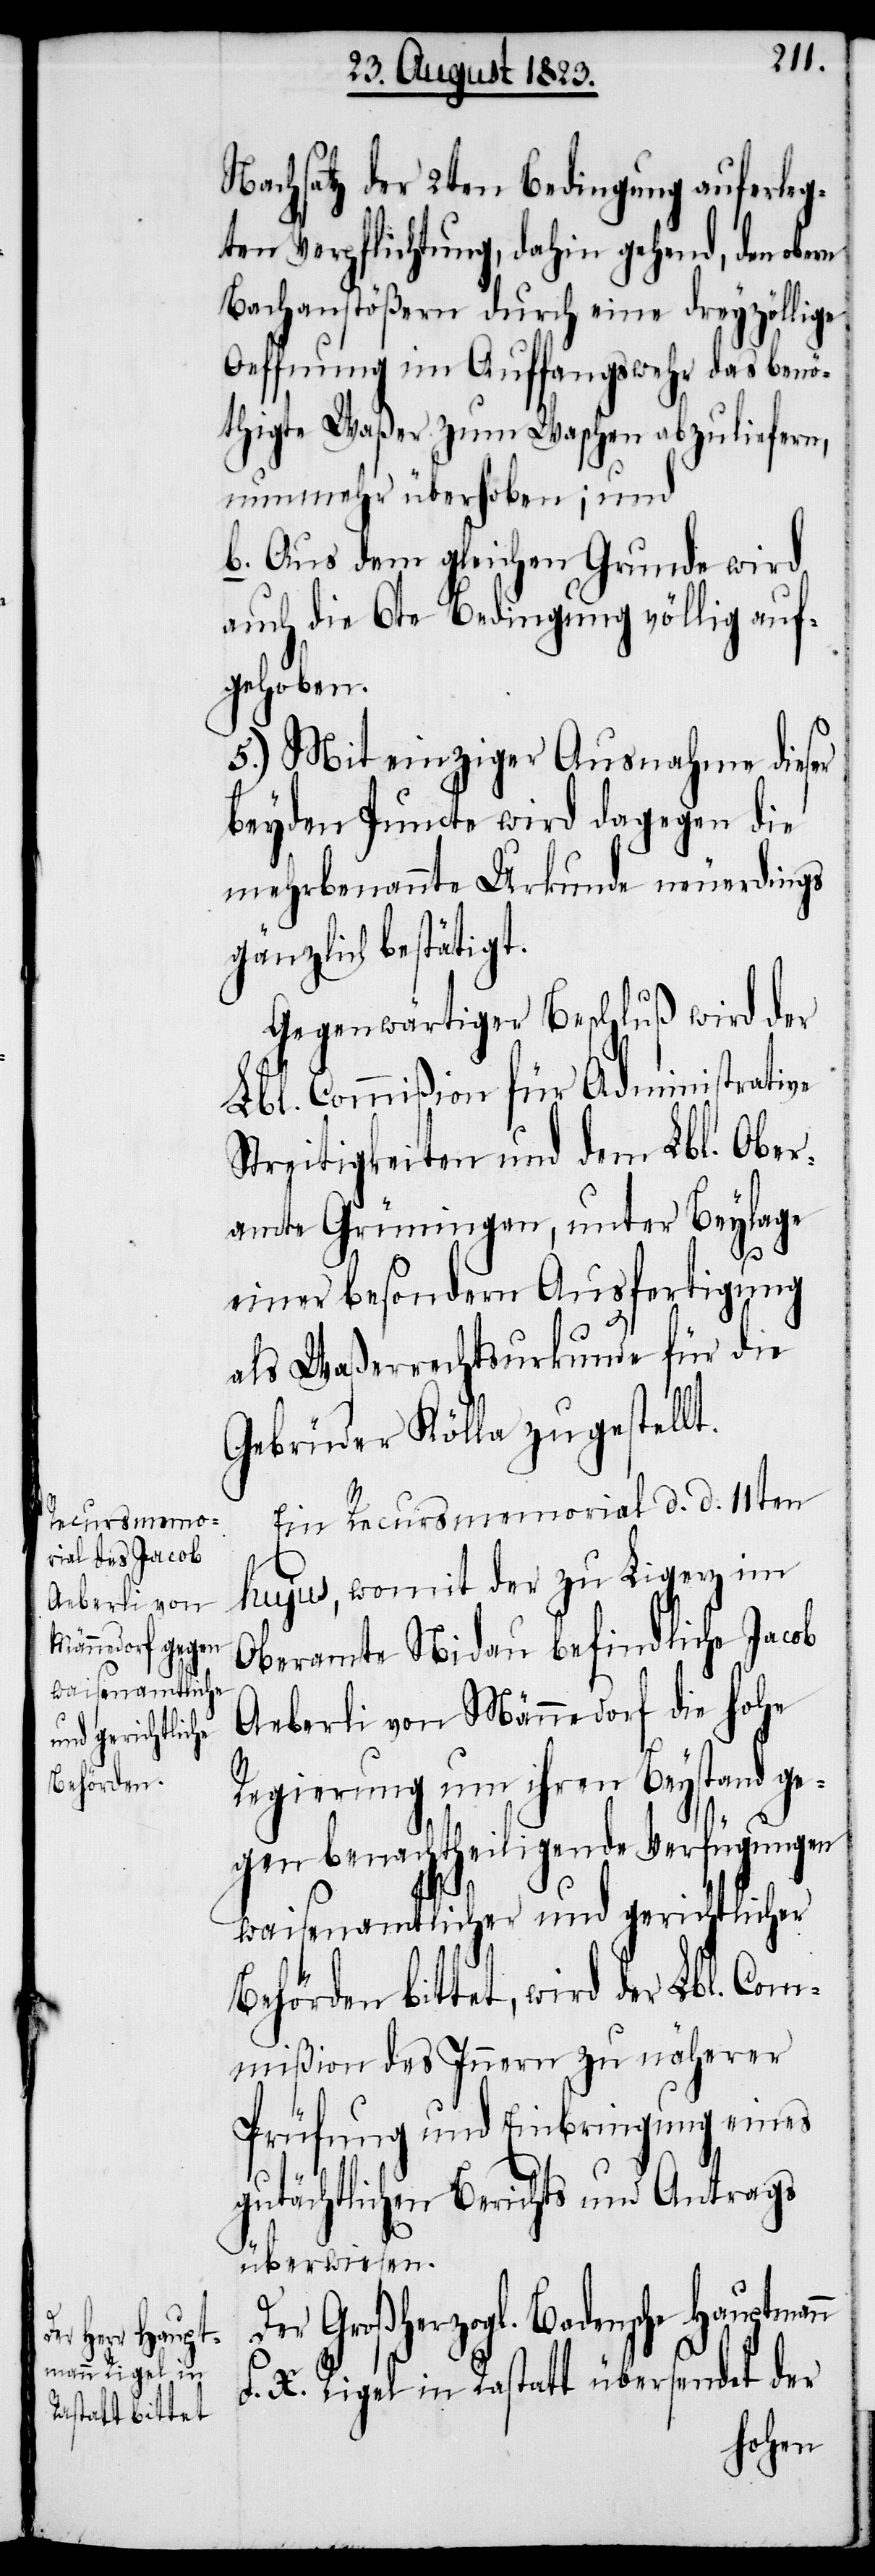
Nachsatz der 2ten Bedingung auferleg¬
ten Verpflichtung, dahin gehend, den obern
Bachanstößern durch eine dreyzöllige
Oeffnung im Auffangswehr das benö¬
thigte Waßer zum Waschen abzuliefern,
nunmehr überhoben; und
b. Aus dem gleichen Grunde wird
auch die 6te Bedingung völlig auf¬
gehoben.
5.) Mit einziger Ausnahme dieser
beyden Puncte wird dagegen die
mehrbenannte Urkunde neuerdings
gänzlich bestätigt.
Gegenwärtiger Beschluß wird der
Lbl. Commißion für Administrative
Streitigkeiten und dem Lbl. Ober¬
amte Grüningen, unter Beylage
einer besondern Ausfertigung
als Waßerrechtsurkunde für die
Gebrüder Kölla zugestellt.
Ein Recursmemorial d. d. 11ten
hujus, womit der zu Ligerz im
Oberamte Nidau befindliche Jacob
Aeberli von Männedorf die hohe
Regierung um ihren Beystand ge¬
gen benachtheiligende Verfügungen
waisenamtlicher und gerichtlicher
Behörden bittet, wird der Lbl. Com¬
mißion des Innern zu näherer
Prüfung und Einbringung eines
gutächtlichen Berichts und Antrags
überwiesen.
Der Großherzogl. Badensche
F. X. Rigel in Rastatt übersendet der